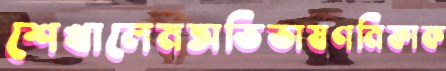
শেখালেমঅভিভাষণনিফাক